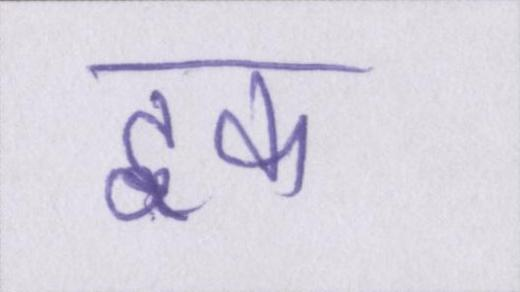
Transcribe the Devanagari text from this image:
इक